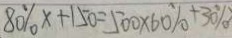
8 0 \% x + 1 5 0 = 5 0 0 \times 6 0 \% + 3 0 \%